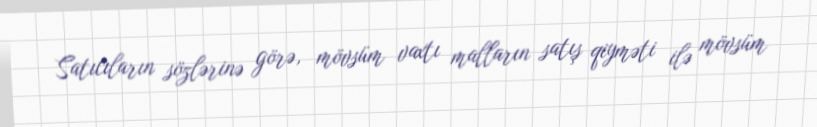
Satıcıların sözlərinə görə, mövsüm vaxtı malların satış qiyməti ilə mövsüm